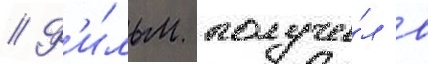
// Ф'и́льм получи́л в